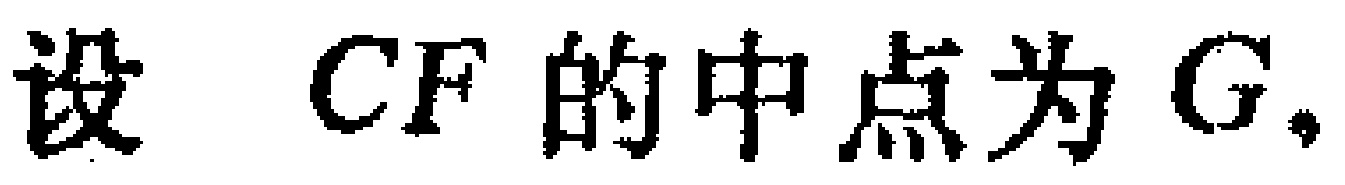
设 \(CF\) 的中点为 \(G\).